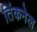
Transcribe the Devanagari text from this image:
तिंकनेल